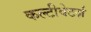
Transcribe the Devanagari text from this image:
कल्टीवेटर्ज़